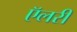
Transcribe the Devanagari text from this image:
ऍलरी